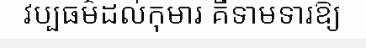
វប្បធម៌ដល់កុមារ គឺទាមទារឱ្យ